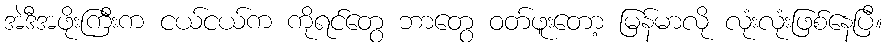
အဲဒီအဖိုးကြီးက ငယ်ငယ်က ကိုရင်တွေ ဘာတွေ ဝတ်ဖူးတော့ မြန်မာလို လုံးလုံးဖြစ်နေပြီ။